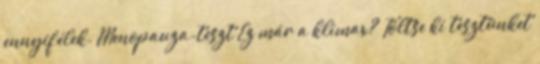
ennyifélek. Menopauza-teszt Ez már a klimax? Töltse ki tesztünket